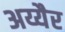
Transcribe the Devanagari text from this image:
अय्यैर